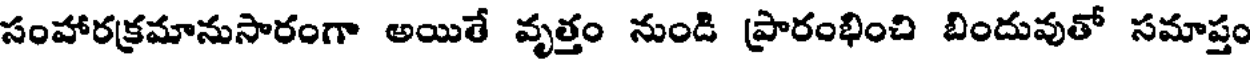
సంహారక్రమానుసారంగా అయితే వృత్తం నుండి ప్రారంభించి బిందువుతో సమాప్తం